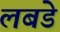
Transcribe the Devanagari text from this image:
लबडे